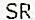
SR